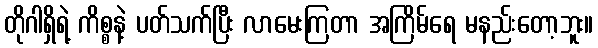
တိုဂါရှိရဲ့ ကိစ္စနဲ့ ပတ်သက်ပြီး လာမေးကြတာ အကြိမ်ရေ မနည်းတော့ဘူး။